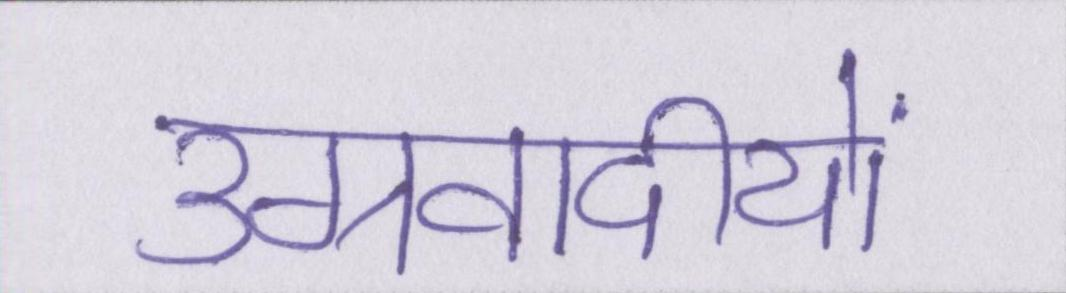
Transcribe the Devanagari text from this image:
उग्रवादीयों